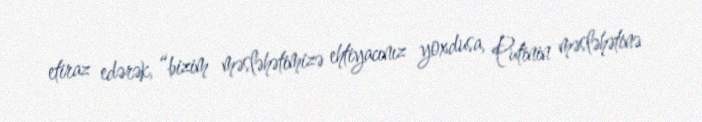
etiraz edərək, “bizim məsləhətimizə ehtiyacınız yoxdusa, Putinin məsləhətinə